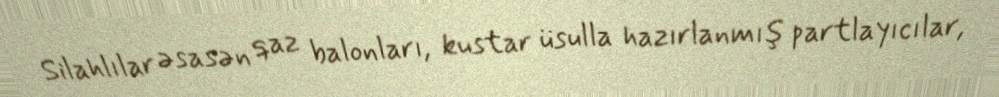
Silahlılar əsasən qaz balonları, kustar üsulla hazırlanmış partlayıcılar,